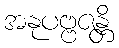
အနုပဗ္ဗဇန္တိ